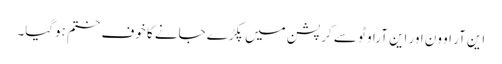
این آر او ون اور این آراو ٹو سے کرپشن میں پکڑے جانے کا خوف ختم ہوگیا۔